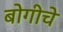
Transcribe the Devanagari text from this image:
बोगीचे